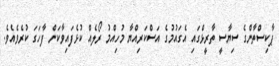
ޕާކިސްތާންގެ ސިޔާސީ ތާރީޅްގައި އެގައުމުގެ އަސްކަރިއްޔާ މުހިއްމު ރޯލެއް ކުޅެފައިވާކަން ފާހަގަ ކުރެވެއެވެ.